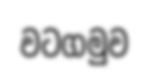
වටගමුව